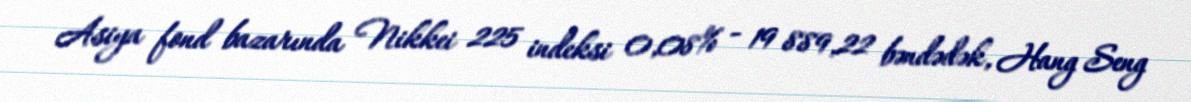
Asiya fond bazarında Nikkei 225 indeksi 0,08% - 19 889,22 bəndədək, Hang Seng